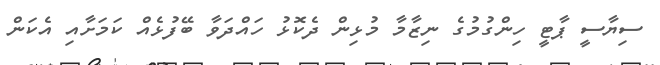
ސިޔާސީ ޕާޓީ ހިންގުމުގެ ނިޒާމާ މުޅިން ދެކޮޅު ހައްދަވާ ބޭފުޅެއް ކަމަށާއި އެކަން